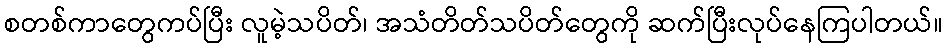
စတစ်ကာတွေကပ်ပြီး လူမဲ့သပိတ်၊ အသံတိတ်သပိတ်တွေကို ဆက်ပြီးလုပ်နေကြပါတယ်။